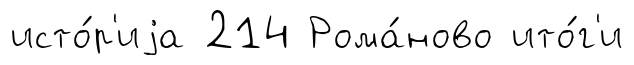
исто́р'иjа 214 Рома́ново ито́г'и